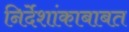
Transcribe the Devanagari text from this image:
निर्देशांकाबाबत